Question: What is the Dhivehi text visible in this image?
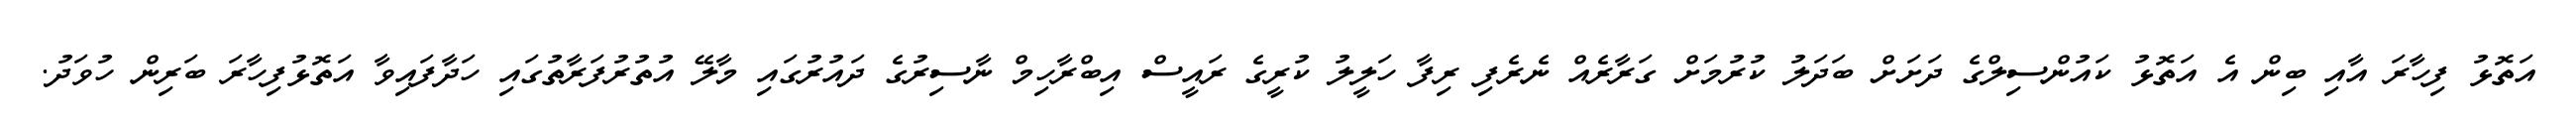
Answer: އަތޮޅު ފިހާރަ އާއި ބިން އެ އަތޮޅު ކައުންސިލްގެ ދަށަށް ބަދަލު ކުރުމަށް ގަރާރެއް ނެރެފި ރިފާ ހަލީލު ކުރީގެ ރައީސް އިބްރާހިމް ނާސިރުގެ ދައުރުގައި މާލޭ އުތުރުފަރާތުގައި ހަދާފައިވާ އަތޮޅުފިހާރަ ބަރިން ހުވަދު.